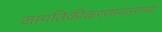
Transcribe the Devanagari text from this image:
जागतिकीकरणानंतरच्या